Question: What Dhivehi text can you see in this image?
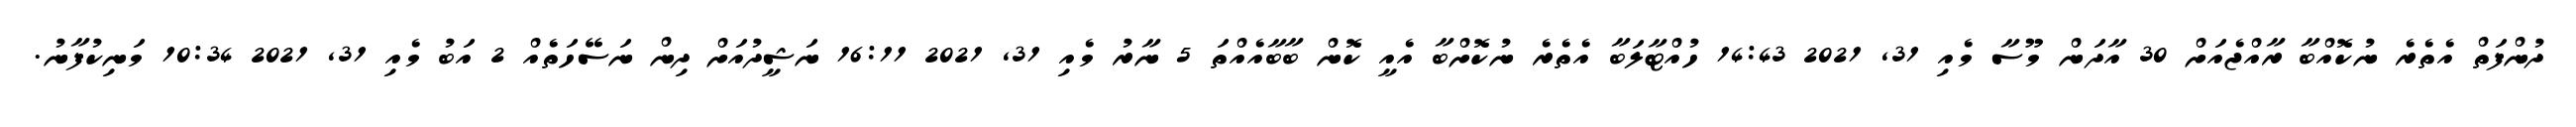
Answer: ދުންފަތް އެތެރެ ނުކޮއްބާ ރާއްޖެއަށް 30 އާދަން މޫސާ މެއި 31, 2021 14:43 ހުއްޓާލަބާ އެތެރެ ނުކޮށްބާ އެއީ ކޮން ބާބާއެއްތަ 5 ނާރު މެއި 31, 2021 16:11 ނަޝީދުއަށް ދިން ނަސޭހަތެއް 2 އަބު މެއި 31, 2021 10:34 މަނިކުފާނު.